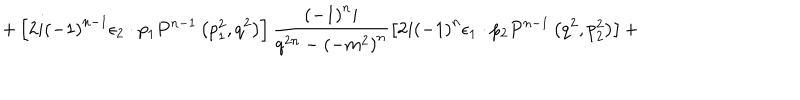
+ \left[ 2 i { \left( - 1 \right) } ^ { n - 1 } { \epsilon } _ { 2 } \cdot p _ { 1 } P ^ { n - 1 } \left( p _ { 1 } ^ { 2 } , q ^ { 2 } \right) \right] \frac { { \left( - 1 \right) } ^ { n } i } { q ^ { 2 n } - { \left( - m ^ { 2 } \right) } ^ { n } } \left[ 2 i { \left( - 1 \right) } ^ { n } { \epsilon } _ { 1 } \cdot p _ { 2 } P ^ { n - 1 } \left( q ^ { 2 } , p _ { 2 } ^ { 2 } \right) \right] +